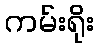
ကမ်းရိုး